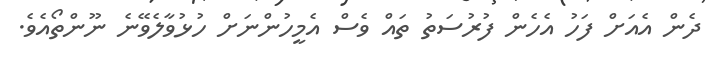
ދެން އެއަށް ފަހު އެހެން ފުރުސަތު ތައް ވެސް އެމީހުންނަށް ހުޅުވާލެވޭނެ ނޫންތޯއެވެ.